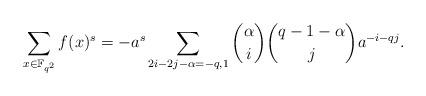
LaTeX: \begin{align*}\sum_{x\in\Bbb F_{q^2}}f(x)^s=-a^s\sum_{2i-2j-\alpha=-q,1}\binom\alpha i\binom{q-1-\alpha}ja^{-i-qj}.\end{align*}